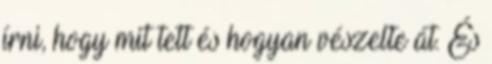
írni, hogy mit tett és hogyan vészelte át. És